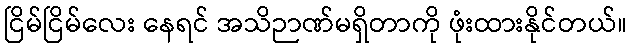
ငြိမ်ငြိမ်လေး နေရင် အသိဉာဏ်မရှိတာကို ဖုံးထားနိုင်တယ်။